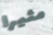
مثيرا